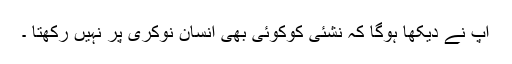
آپ نے دیکھا ہوگا کہ نشئی کوکوئی بھی انسان نوکری پر نہیں رکھتا ۔